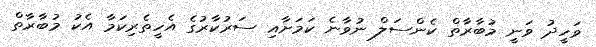
ވަހީދު ވަނީ މުބާރާތް ކެންސަލް ނުވާނެ ކަމަށާއި ސަރުކާރުގެ އެހީތެރިކަމާ އެކު މުބާރާތް